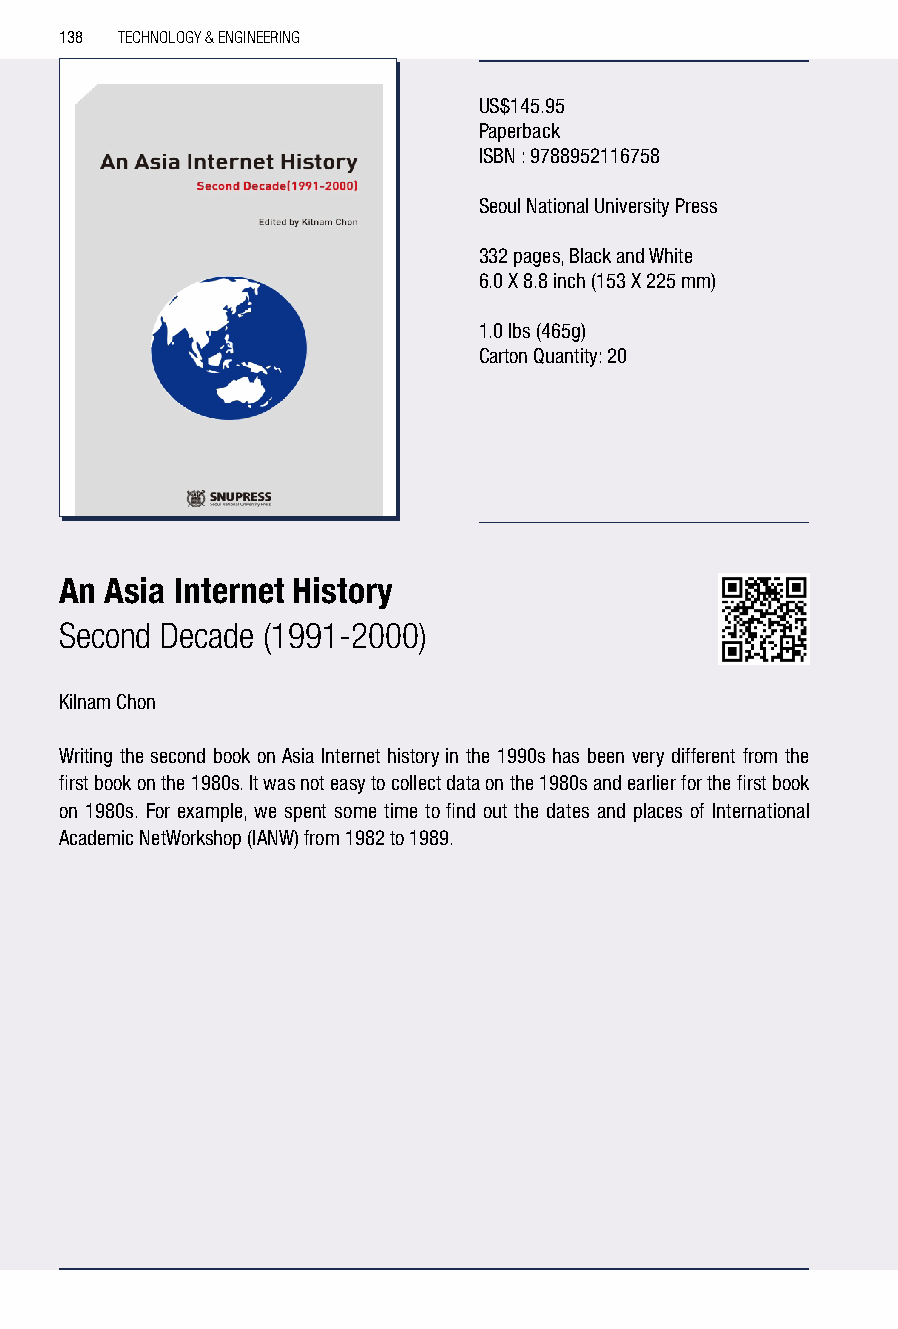
138 TECHNOLOGY & ENGINEERING
 US$145.95
 Paperback
 ISBN : 9788952116758
 Seoul National University Press
 332 pages, Black and White
 6.0 X 8.8 inch (153 X 225 mm)
 1.0 lbs (465g)
 Carton Quantity: 20
 An Asia Internet History
 Second Decade (1991-2000)
 Kilnam Chon
 Writing the second book on Asia Internet history in the 1990s has been very different from the
 first book on the 1980s. It was not easy to collect data on the 1980s and earlier for the first book
 on 1980s. For example, we spent some time to find out the dates and places of International
 Academic NetWorkshop (IANW) from 1982 to 1989.